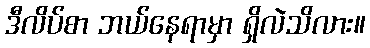
ဒီလိပ်စာ ဘယ်နေရာမှာ ရှိလဲသိလား။